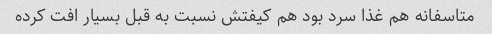
متاسفانه هم غذا سرد بود هم کیفتش نسبت به قبل بسیار افت کرده